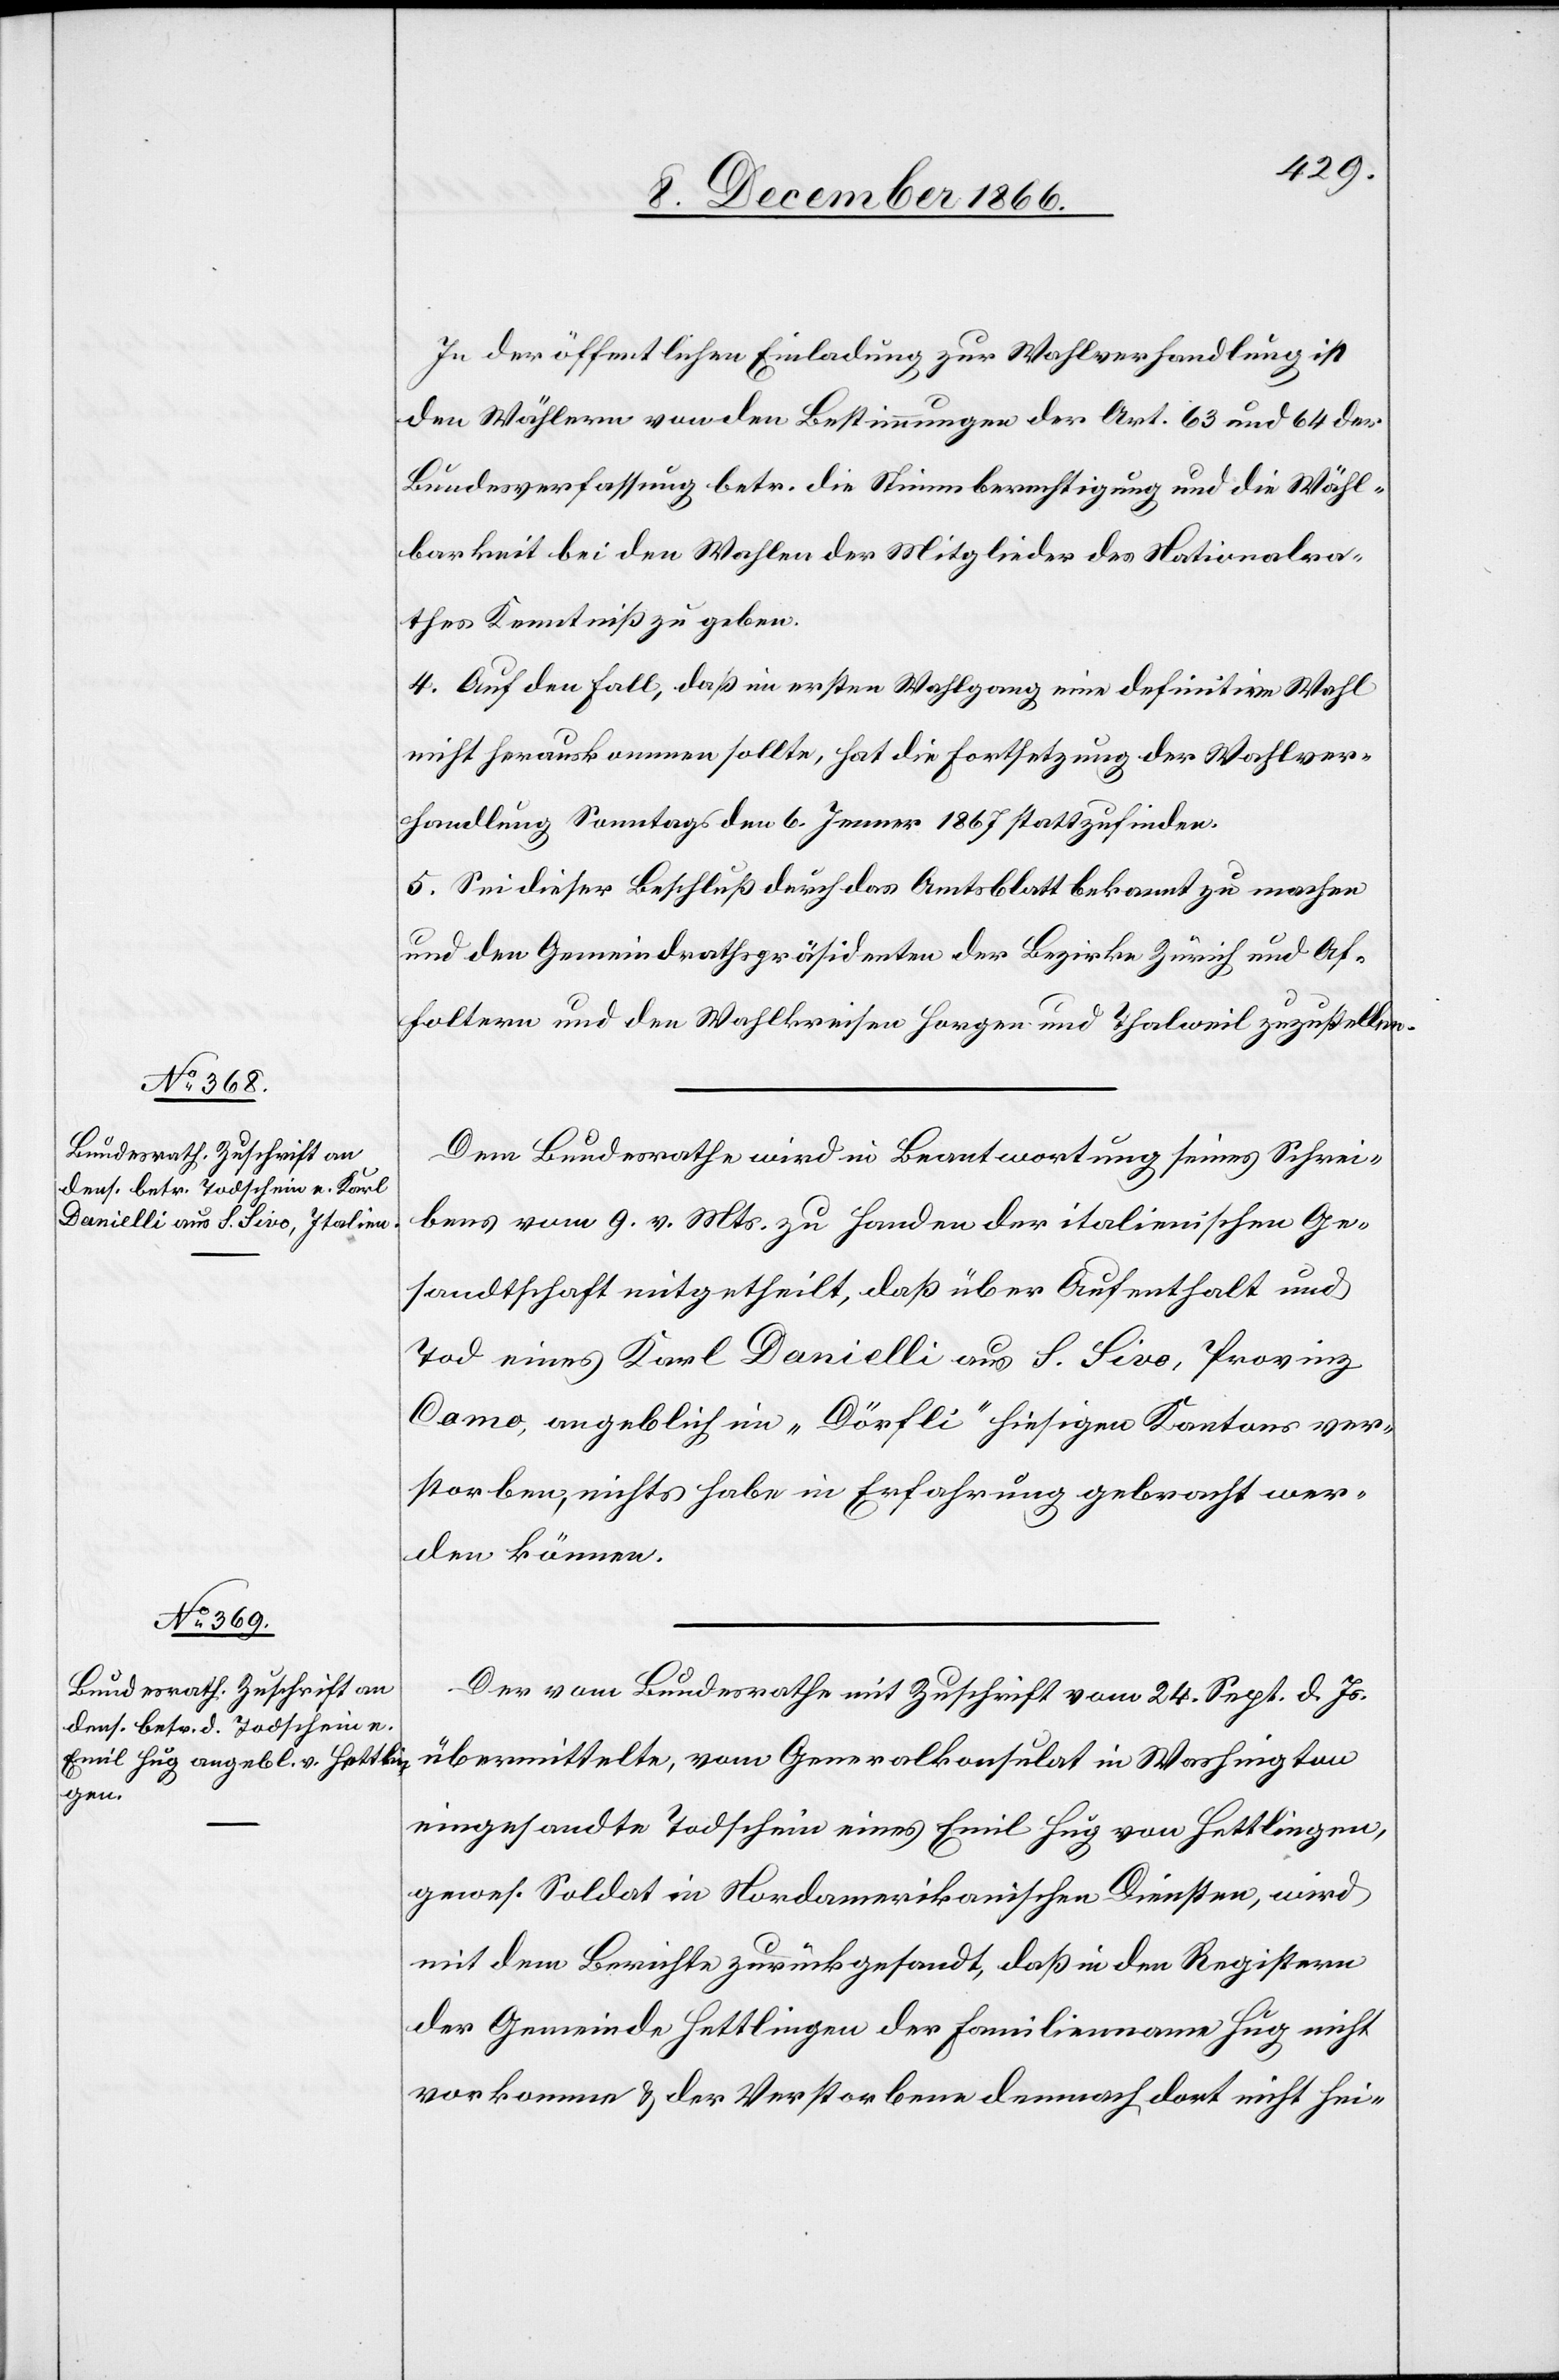
11. December 1866.]
In der öffentlichen Einladung zur Wahlverhandlung ist
den Wählern von den Bestimmungen der Art. 63 und 64 der
Bundesverfassung betr. die Stimmberechtigung und die Wähl¬
barkeit bei den Wahlen der Mitglieder des Nationalra¬
thes Kenntniß zu geben.
4. Auf den Fall, daß im ersten Wahlgang eine definitive Wahl
nicht herauskommen sollte, hat die Fortsetzung der Wahlver¬
handlung Sonntags den 6. Jenner 1867 stattzufinden.
5. Sei dieser Beschluß durch das Amtsblatt bekannt zu machen
und den Gemeindrathspräsidenten der Bezirke Zürich und Af¬
foltern und den Wahlkreisen Horgen und Thalweil zuzustellen.
Dem Bundesrathe wird in Beantwortung seines Schrei¬
bens vom 9. v. Mts. zu Handen der italienischen Ge¬
sandtschaft mitgetheilt, daß über Aufenthalt und
Tod eines Karl Danielli aus S. Sivo, Provinz
Como, angeblich im „Dörfli“ hiesigen Kantons ver¬
storben, nichts habe in Erfahrung gebracht wer¬
den können.
Der vom Bundesrathe mit Zuschrift vom 24. Sept. d. Js.
übermittelte, vom Generalkonsulat in Washington
eingesandte Todschein eines Emil Hug von Hettlingen,
gewes. Soldat in Nordamerikanischen Diensten, wird
mit dem Berichte zurückgesandt, daß in den Registern
der Gemeinde Hettlingen der Familienname Hug nicht
vorkomme & der Verstorbene demnach dort nicht hei-